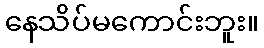
နေသိပ်မကောင်းဘူး။